Indian journal of veterinary science and animal husbandry - Volumes 18-21, 1948-1951
Year: 1948
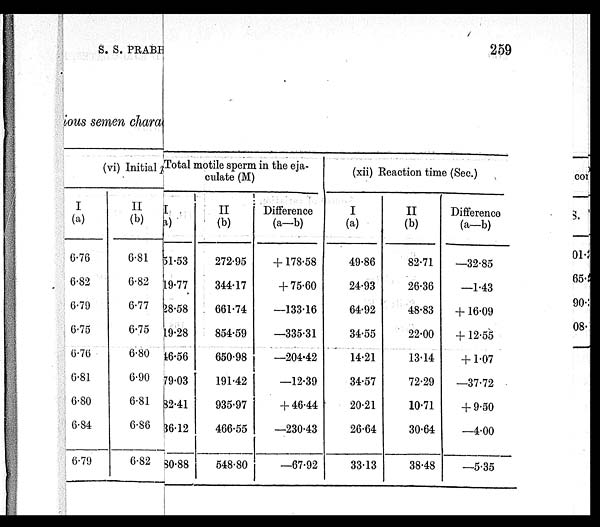
S. S.
PRABHU
259
ious semen chara
(vi) Initiuly Total motile sperm in the eja-
culate (M)
I
(a)
6.76
6.82
6.79
6.75
6.76
6.81
6.80
6.84
6.79
II
(b)
6.81
6.82
0.77
6.75
0.80
6.90
6.81
6.86
6.82
I
(a)
51.53
19.77
28.58
19.28
46.56
79.03
32.41
86.12
80.88
II
(b)
272.95
344.17
661.74
854.59
650.98
191.42
935.97
466.55
548.80
Difference
(a—b)
+178.58
+ 75.60
—133.16
—335.31
—204.42
—12.39
+46.44
—230.43
—67.92
(xii) Reaction time (Sec.)
I
(a)
49.86
24.93
64.92
34.55
14.21
34.57
20.21
26.64
33.13
II
(b)
82.71
26.36
48.83
22.00
13.14
72.29
10.71
30.64
38.48
Difference
(a—b)
—32.85
—1.43
+16.09
+12.55
+1.07
—37.72
+9.50
—4.00
—5.35